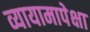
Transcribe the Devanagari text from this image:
व्यायामापेक्षा